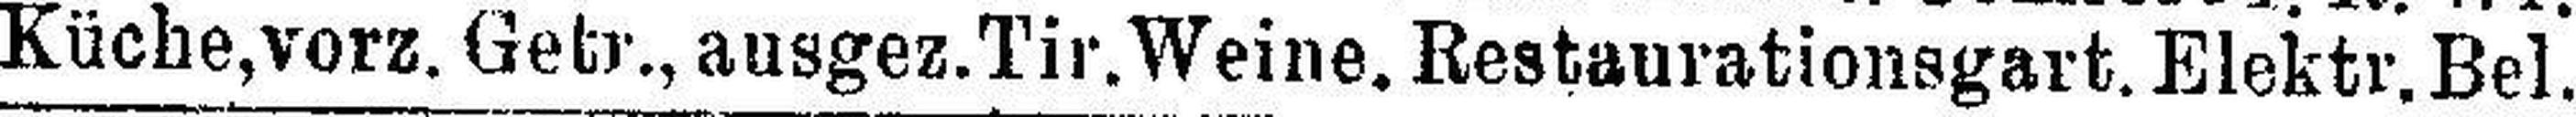
Küche, vorz. Getr., ausgez.Tir.Weine. Restaurationsgart. Elektr. Bel.